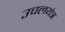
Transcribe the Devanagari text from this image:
उचलयंत्र